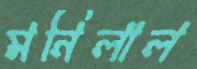
মনিলাল